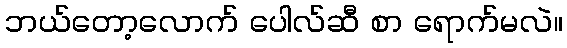
ဘယ်တော့လောက် ပေါလ်ဆီ စာ ရောက်မလဲ။